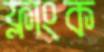
ফ্লাংক